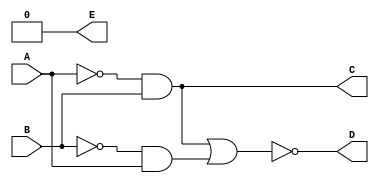
module labFiveCode (C, D, E, A, B);
        output C, D, E;
        input A, B;
        wire A_not, B_not, one, two;


not G1(A_not, A);
not G2(B_not, B);

and G3(one, A_not, B);
and G4(C, A_not, B);

and G5(two, B_not, A);
and G6(E, B_not, B);

nor G7(D, one, two);
endmodule